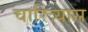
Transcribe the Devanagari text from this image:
चारित्र्यास